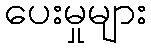
ပေးမှုများ